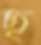
ছ